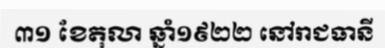
៣១ ខែតុលា ឆ្នាំ១៩២២ នៅរាជធានី